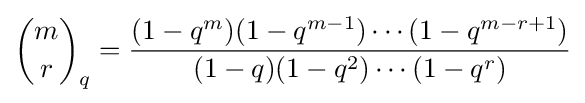
{m \choose r}_{q}={\frac {(1-q^{m})(1-q^{m-1})\cdots (1-q^{m-r+1})}{(1-q)(1-q^{2})\cdots (1-q^{r})}}